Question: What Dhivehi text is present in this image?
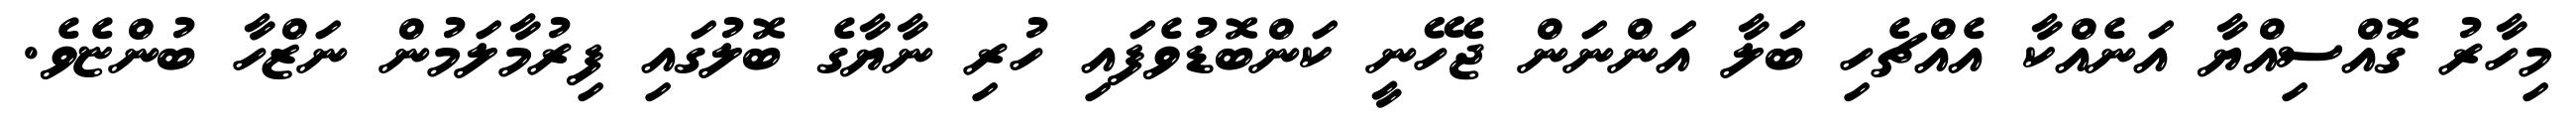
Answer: މިހާރު ގޮއްސިއްޔާ އަނެއްކާ އެއްޗެހި ބަލާ އަންނަން ޖެހޭނީ ކަންބޮޑުވެފައި ހުރި ނާޔާގެ ބޮލުގައި ފިރުމާލަމުން ނަޒްހާ ބުންޏެވެ.